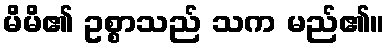
မိမိ၏ ဥစ္စာသည် သက မည်၏။